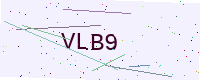
Text: VLB9